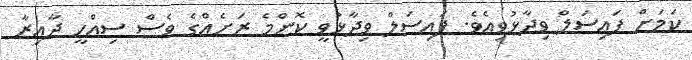
ކަމަށް ފައިސަލް ވިދާޅުވިއެވެ. ފައިސަލް ވިދާޅުވީ ކޮންމެ ރަށެއްގެ ވެސް ސިއްހީ ދާއިރާ